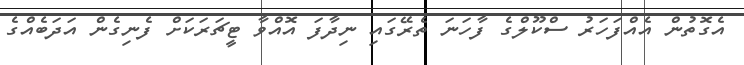
އެގޮތުން އެއްފަހަރު ސްކޫލްގެ ފާހަނަ ތެރޭގައި ނިދާފަ އޮއްވާ ޓީޗަރަކަށް ފެނިގެން އަދަބެއްގެ